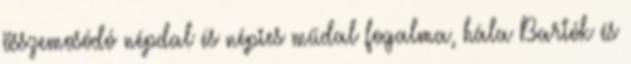
összemosódó népdal és népies műdal fogalma, hála Bartók és